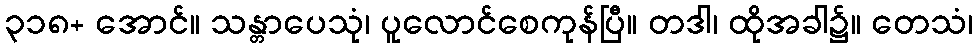
၃၁၈+ အောင်။ သန္တာပေသုံ၊ ပူလောင်စေကုန်ပြီ။ တဒါ၊ ထိုအခါ၌။ တေသံ၊